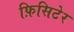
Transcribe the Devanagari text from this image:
फ़िसिटेर